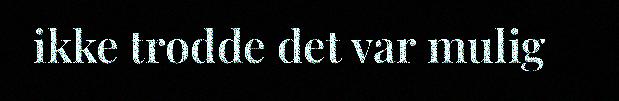
ikke trodde det var mulig